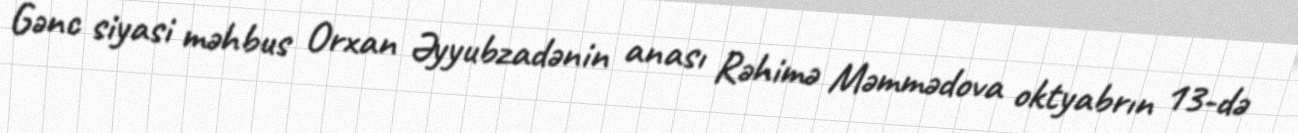
Gənc siyasi məhbus Orxan Əyyubzadənin anası Rəhimə Məmmədova oktyabrın 13-də